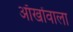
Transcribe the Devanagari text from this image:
आँखोंवाला